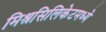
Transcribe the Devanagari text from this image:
मिश्रसिलिकेटमध्ये